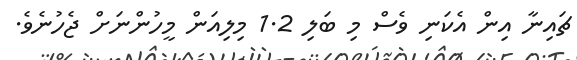
ޗައިނާ އިން އެކަނި ވެސް މި ބަލި 1.2 މިލިއަން މީހުންނަށް ޖެހުނެވެ.